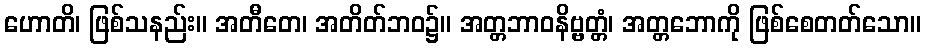
ဟောတိ၊ ဖြစ်သနည်း။ အတီတေ၊ အတိတ်ဘဝ၌။ အတ္တဘာဝနိဗ္ဗတ္တံ၊ အတ္တဘောကို ဖြစ်စေတတ်သော။